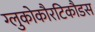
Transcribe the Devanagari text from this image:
ग्लुकोकौरटिकौडस